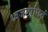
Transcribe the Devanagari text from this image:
ध्वजलांछितं